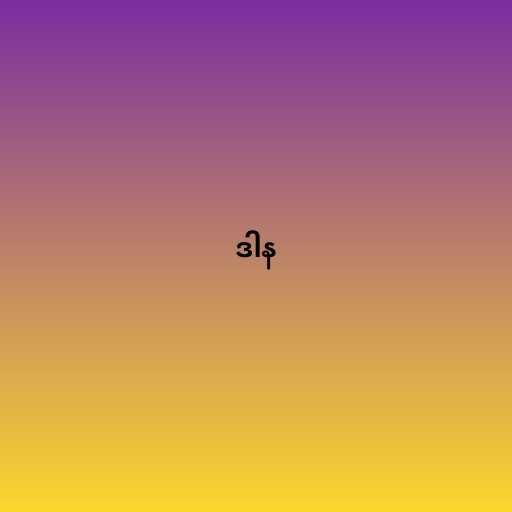
ဒါန